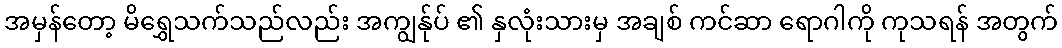
အမှန်တော့ မိရွှေသက်သည်လည်း အကျွန်ုပ် ၏ နှလုံးသားမှ အချစ် ကင်ဆာ ရောဂါကို ကုသရန် အတွက်